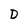
Character: D